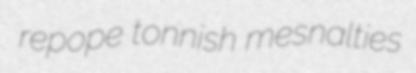
repope tonnish mesnalties